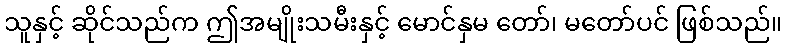
သူနှင့် ဆိုင်သည်က ဤအမျိုးသမီးနှင့် မောင်နှမ တော်၊ မတော်ပင် ဖြစ်သည်။